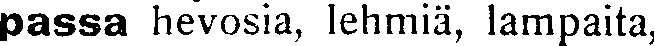
passa hevosia, lehmiä, lampaita,